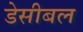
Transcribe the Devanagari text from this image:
डेसीबल